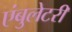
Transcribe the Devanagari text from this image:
एंबुलेटरी